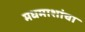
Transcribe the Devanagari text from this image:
मधमाशांचा